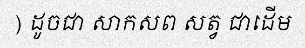
) ដូចជា សាកសព សត្វ ជាដើម